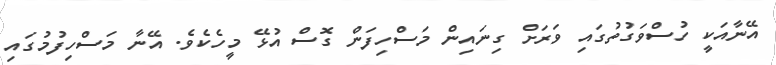
އޭނާއަކީ ހުސްވަގުތުގައި ވަރަށް ގިނައިން މަސްހިފަން ގޮސް އުޅޭ މީހެކެވެ. އޭނާ މަސްހިފުމުގައި